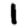
Digit: 1